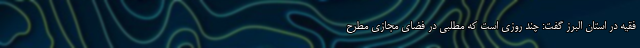
فقیه در استان البرز گفت: چند روزی است که مطلبی در فضای مجازی مطرح